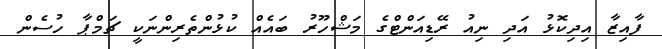
ފާއިޒާ އިދިކޮޅު އަދި ނިއު ރޭޑިއަންޓްގެ މަޝްހޫރު ބައެއް ކުޅުންތެރިންނަކީ ޗަމްޕާ ހުސެން